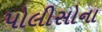
પોલીસોના